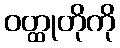
ဝတ္ထုတိုကို